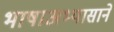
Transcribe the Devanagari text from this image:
भाषाअभ्यासाने